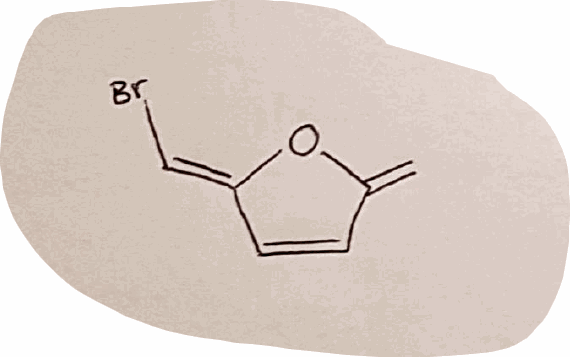
Simplified molecular-input line-entry system (SMILES) notation of the given molecule:
C=C1C=C/C(=C/Br)/O1